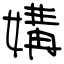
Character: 媾